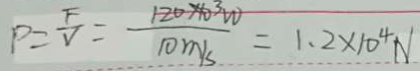
P = \frac { F } { V } = \frac { 1 2 0 \times 1 0 ^ { 3 } W } { 1 0 m / s } = 1 . 2 \times 1 0 ^ { 4 } N